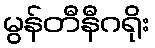
မွန်တီနီဂရိုး